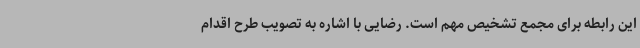
این رابطه برای مجمع تشخیص مهم است. رضایی با اشاره به تصویب طرح اقدام